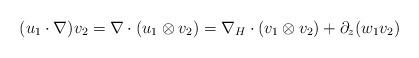
LaTeX: \begin{align*}(u_1\cdot \nabla)v_2=\nabla \cdot(u_1\otimes v_2)=\nabla_H\cdot (v_1\otimes v_2)+ \partial_z (w_1 v_2)\end{align*}